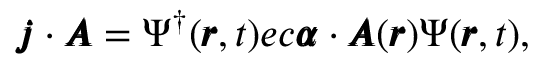
\pmb { j } \cdot \pmb { A } = \Psi ^ { \dagger } ( \pmb { r } , t ) e c \pmb { \alpha } \cdot \pmb { A } ( \pmb { r } ) \Psi ( \pmb { r } , t ) ,